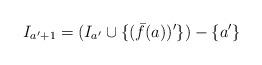
LaTeX: \begin{align*}I_{a'+1} = (I_{a'} \cup \{(\bar{f}(a))'\}) -\{a'\}\end{align*}